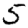
Digit: 5